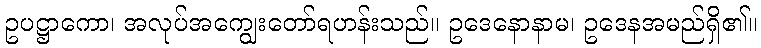
ဥပဋ္ဌာကော၊ အလုပ်အကျွေးတော်ရဟန်းသည်။ ဥဒေနောနာမ၊ ဥဒေနအမည်ရှိ၏။